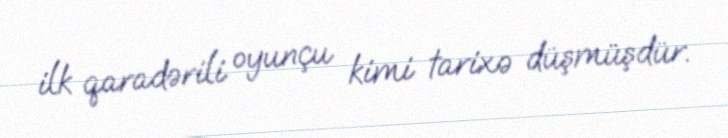
ilk qaradərili oyunçu kimi tarixə düşmüşdür.